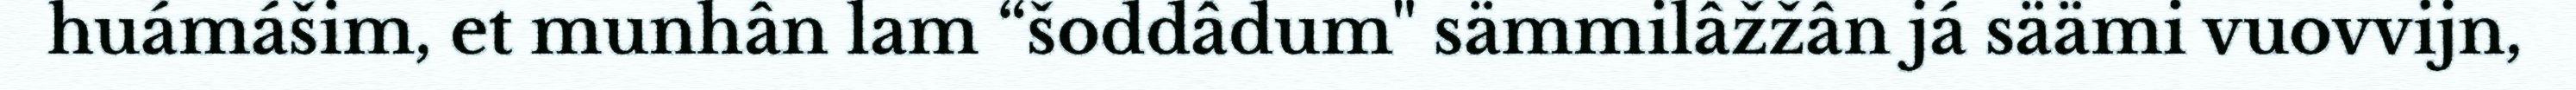
huámášim, et munhân lam “šoddâdum" sämmilâžžân já säämi vuovvijn,